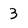
Character: 3